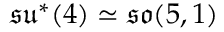
{ \mathfrak { s u } } ^ { * } ( 4 ) \simeq { \mathfrak { s o } } ( 5 , 1 )